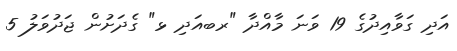
އަދި ގަވާއިދުގެ 19 ވަނަ މާއްދާ "ރބއަދި ޅ" ގެދަށުން ޖަދުވަލު 5